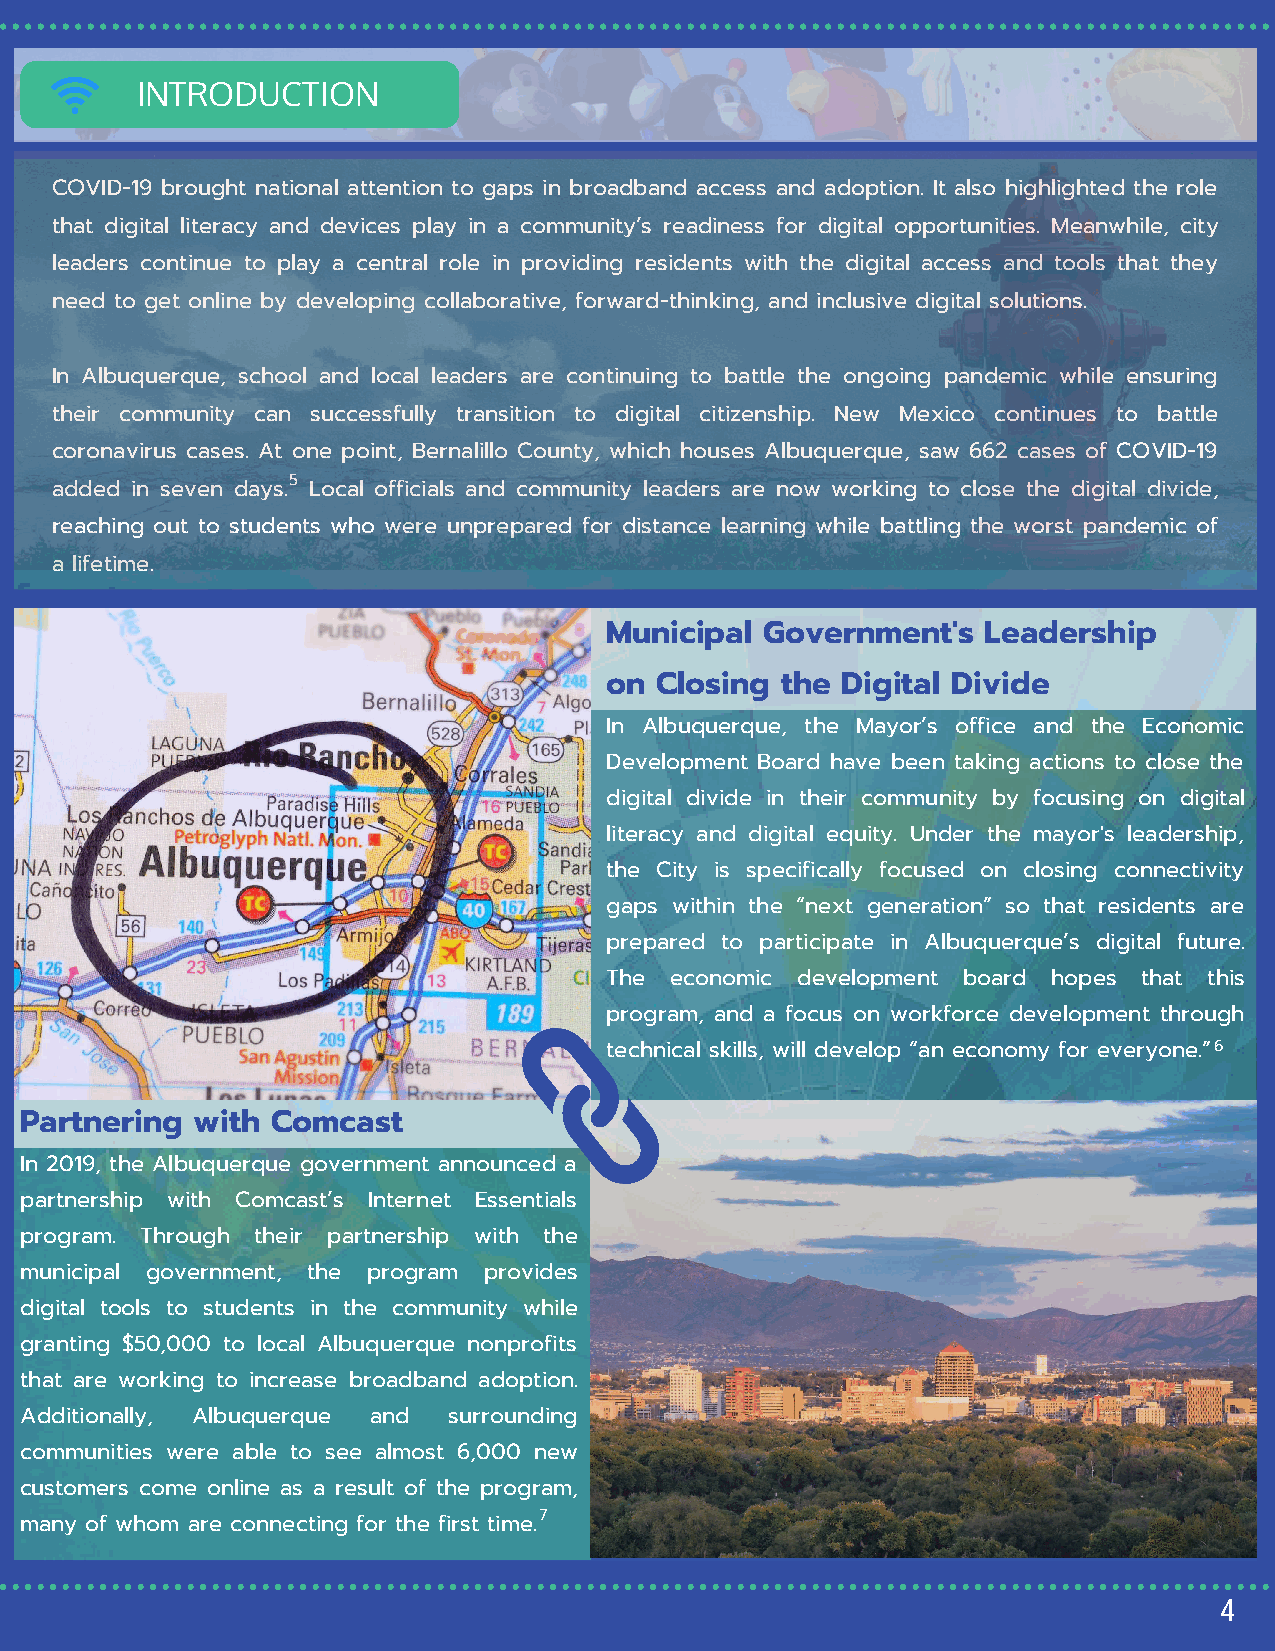
INTRODUCTION
 COVID-19 brought national attention to gaps in broadband access and adoption. It also highlighted the role
 that digital literacy and devices play in a community’s readiness for digital opportunities. Meanwhile, city
 leaders continue to play a central role in providing residents with the digital access and tools that they
 need to get online by developing collaborative, forward-thinking, and inclusive digital solutions.
 In Albuquerque, school and local leaders are continuing to battle the ongoing pandemic while ensuring
 their community can successfully transition to digital citizenship. New Mexico continues to battle
 coronavirus cases. At one point, Bernalillo County, which houses Albuquerque, saw 662 cases of COVID-19
 5
 added in seven days. Local officials and community leaders are now working to close the digital divide,
 reaching out to students who were unprepared for distance learning while battling the worst pandemic of
 a lifetime.
 Municipal  Government's  Leadership
 on Closing  the Digital Divide
 In Albuquerque, the Mayor’s office and the Economic
 Development Board have been taking actions to close the
 digital divide in their community by focusing on digital
 literacy and digital equity. Under the mayor's leadership,
 the City is specifically focused on closing connectivity
 gaps within the “next generation” so that residents are
 prepared to participate in Albuquerque’s digital future.
 The economic development board hopes that this
 program, and a focus on workforce development through
 technical skills, will develop “an economy for everyone.”6
 Partnering  with Comcast
 In 2019, the Albuquerque government announced a
 partnership with Comcast’s Internet Essentials
 program. Through their partnership with the
 municipal government, the program provides
 digital tools to students in the community while
 granting $50,000 to local Albuquerque nonprofits
 that are working to increase broadband adoption.
 Additionally, Albuquerque and surrounding
 communities were able to see almost 6,000 new
 customers come online as a result of the program,
 7
 many of whom are connecting for the first time.
 4